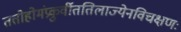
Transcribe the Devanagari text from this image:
ततोहोमंप्रकुर्वीततिलाज्येनविचक्षणः